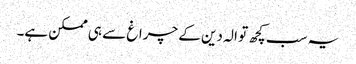
یہ سب کچھ تو الہ دین کے چراغ سے ہی ممکن ہے۔